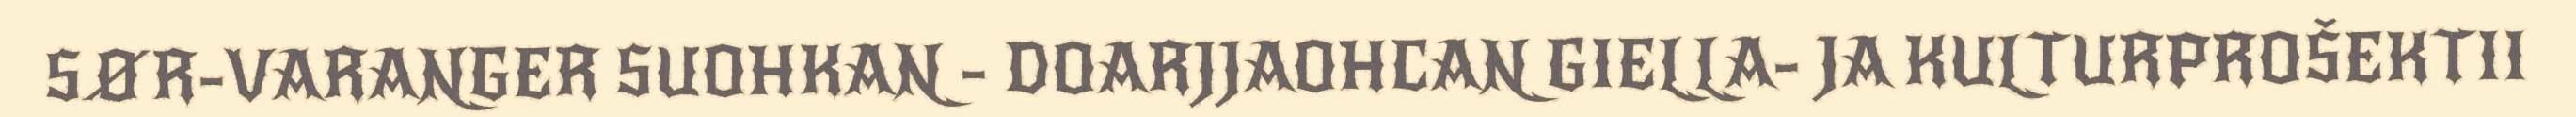
SØR-VARANGER SUOHKAN - DOARJJAOHCAN GIELLA- JA KULTURPROŠEKTII